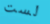
لست